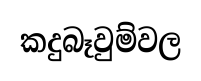
කදුබෑවුම්වල